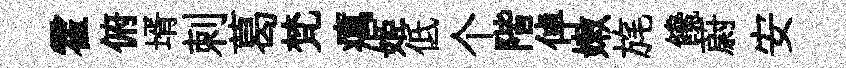
霍俯壻刺葛梵癘姬低个階倬嫩旄饞蔚安